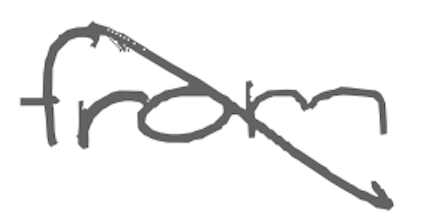
Text: from
Cross-out: diagonal
Writing tool: digital_gray